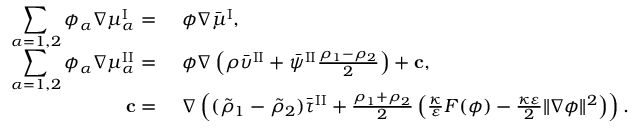
\begin{array} { r l } { \displaystyle \sum _ { \alpha = 1 , 2 } \phi _ { \alpha } \nabla \mu _ { \alpha } ^ { \mathrm { I } } = } & { { } ~ \phi \nabla \bar { \mu } ^ { \mathrm { I } } , } \\ { \displaystyle \sum _ { \alpha = 1 , 2 } \phi _ { \alpha } \nabla \mu _ { \alpha } ^ { \mathrm { I I } } = } & { { } ~ \phi \nabla \left( \rho \bar { \upsilon } ^ { \mathrm { I I } } + \bar { \psi } ^ { \mathrm { I I } } \frac { \rho _ { 1 } - \rho _ { 2 } } { 2 } \right) + \mathbf { c } , } \\ { \mathbf { c } = } & { { } ~ \nabla \left( ( \tilde { \rho } _ { 1 } - \tilde { \rho } _ { 2 } ) \bar { \tau } ^ { \mathrm { I I } } + \frac { \rho _ { 1 } + \rho _ { 2 } } { 2 } \left( \frac { \kappa } { \varepsilon } F ( \phi ) - \frac { \kappa \varepsilon } { 2 } \| \nabla \phi \| ^ { 2 } \right) \right) . } \end{array}